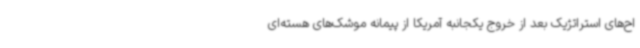
اح‌های استراتژیک بعد از خروج یکجانبه آمریکا از پیمانه موشک‌های هسته‌ای